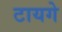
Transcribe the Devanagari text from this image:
टायगे